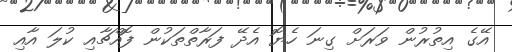
އޭގެ އިތުރުން ވަރަށް ގިނަ ހެޔޮ އެދޭ ފަރާތްތަކުން ފޮއްޗާއި ކުލަ އާއި